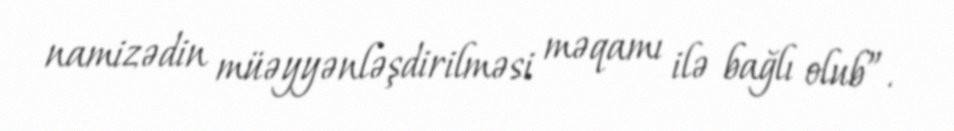
namizədin müəyyənləşdirilməsi məqamı ilə bağlı olub”.